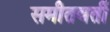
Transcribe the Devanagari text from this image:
समीतवर्ती